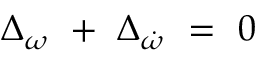
\Delta _ { \omega } ~ + ~ \Delta _ { \dot { \omega } } ~ = ~ 0